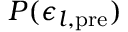
P ( \epsilon _ { l \mathrm { , p r e } } )